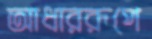
আধাররূপে